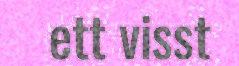
ett visst